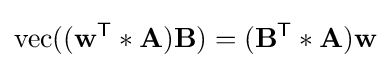
\operatorname {vec} ((\mathbf {w} ^{\textsf {T}}\ast \mathbf {A} )\mathbf {B} )=(\mathbf {B} ^{\textsf {T}}\ast \mathbf {A} )\mathbf {w}